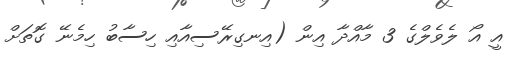
އީ އޯ ލެވެލްގެ 3 މާއްދާ އިން (އިނގިރޭސިއާއި ހިސާބު ހިމެނޭ ގޮތަށް